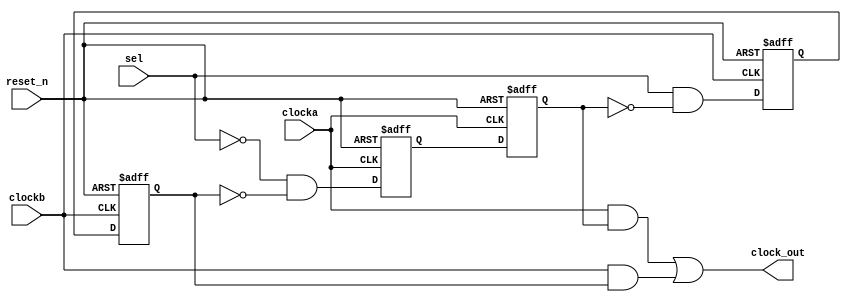
module glitch_free_mux(
  input     clocka,
  input     clockb,
  input     reset_n,
  input     sel,
  output    clock_out
);

//-----------------------------------------
//  Register Declaration
//-----------------------------------------

wire and_a;
wire and_b;
reg  rega1;
reg  rega2;
reg  regb1;
reg  regb2;


//-----------------------------------------
//  2FF synchronizer for clock A Domain
//-----------------------------------------

always @(posedge clocka or negedge reset_n)
begin
  if(!reset_n)
    begin
      rega1 <= 1'b0;
      rega2 <= 1'b0;
    end
  else 
    begin
      rega1 <= and_a;
      rega2 <= rega1;
    end
end

//-----------------------------------------
//  2FF Synchronizer for Clock B Domain
//-----------------------------------------

always @(posedge clockb or negedge reset_n)
begin
  if(!reset_n)
    begin
      regb1 <= 1'b0;
      regb2 <= 1'b0;
    end
  else 
    begin
      regb1 <= and_b;
      regb2 <= regb1;
    end
end

//-----------------------------------------
//  Assign Statements
//-----------------------------------------

assign and_a     = ~sel && ~regb2 ; 
assign and_a_out = clocka &&  rega2 ; 
assign and_b     = sel && ~rega2;
assign and_b_out = clockb && regb2;
assign clock_out = and_a_out || and_b_out;

endmodule